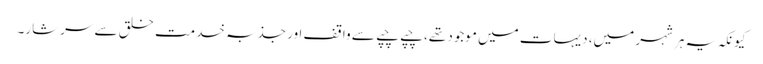
کیونکہ یہ ہر شہر میں، دیہات میں موجود تھے، چپے چپے سے واقف اور جذبہ خدمت خلق سے سرشار۔